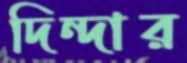
দিন্দার